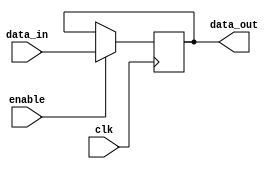
module memory_block(
    input wire clk,         // Global clock signal
    input wire enable,      // Enable signal for the memory block
    input wire [7:0] data_in,   // Data input for the memory block
    output reg [7:0] data_out   // Data output from the memory block
);
    // Simple memory block: 8-bit register
    reg [7:0] memory_reg;

    always @(posedge clk) begin
        if (enable) begin
            memory_reg <= data_in;  // Capture input data on clock edge if enabled
        end
    end

    assign data_out = memory_reg; // Output the stored data
endmodule